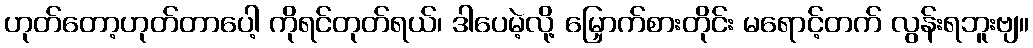
ဟုတ်တော့ဟုတ်တာပေါ့ ကိုရင်တုတ်ရယ်၊ ဒါပေမဲ့လို့ မြှောက်စားတိုင်း မရောင့်တက် လွန်းရဘူးဗျ။